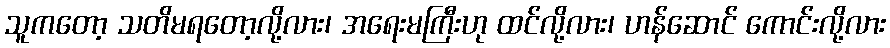
သူကတော့ သတိမရတော့လို့လား၊ အရေးမကြီးဟု ထင်လို့လား၊ ဟန်ဆောင် ကောင်းလို့လား